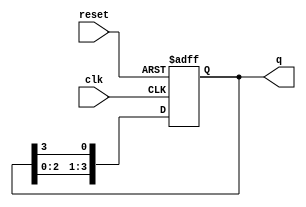
module ring_counter (
    input wire clk,        // Clock signal
    input wire reset,      // Asynchronous reset signal
    output reg [N-1:0] q   // Output state of the ring counter
);

// Parameter for the number of memory blocks (flip-flops)
parameter N = 4; // You can change this value to the desired number of flip-flops

// Asynchronous reset and state transition on clock pulse
always @(posedge clk or posedge reset) begin
    if (reset) begin
        q <= 1'b1; // Initialize to state 000...001
    end else begin
        q <= {q[N-2:0], q[N-1]}; // Shift left and wrap around
    end
end

endmodule